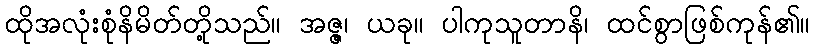
ထိုအလုံးစုံနိမိတ်တို့သည်။ အဇ္ဇ၊ ယခု။ ပါကုသူတာနိ၊ ထင်စွာဖြစ်ကုန်၏။